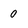
Character: 0